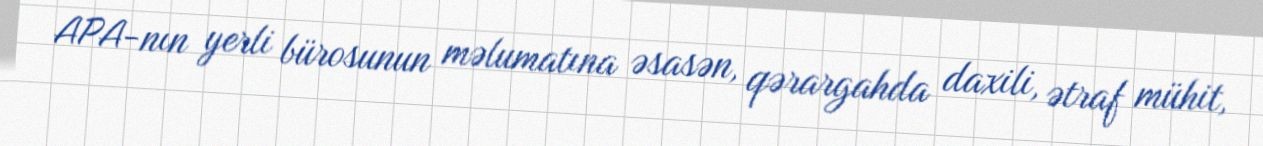
APA-nın yerli bürosunun məlumatına əsasən, qərargahda daxili, ətraf mühit,